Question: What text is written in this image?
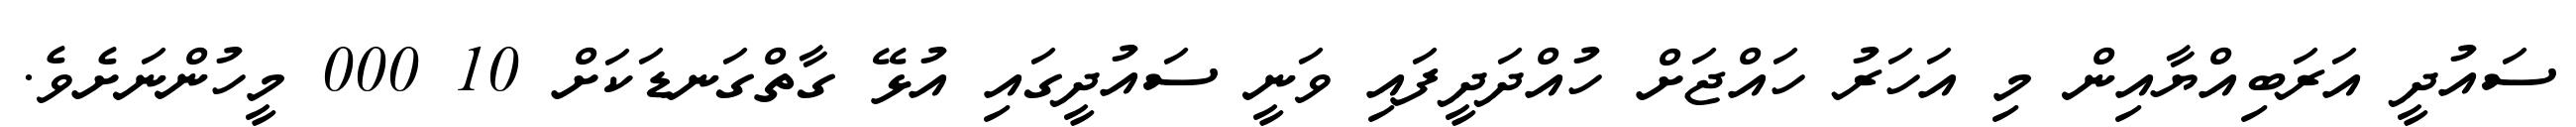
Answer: ސައުދީ އަރަބިއްޔާއިން މި އަހަރު ހައްޖަށް ހުއްދަދީފައި ވަނީ ސައުދީގައި އުޅޭ ގާތްގަނޑަކަށް 10 000 މީހުންނަށެވެ.